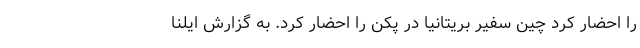
را احضار کرد چین سفیر بریتانیا در پکن را احضار کرد. به گزارش ایلنا